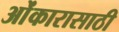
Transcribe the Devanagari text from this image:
ओंकारासाठी